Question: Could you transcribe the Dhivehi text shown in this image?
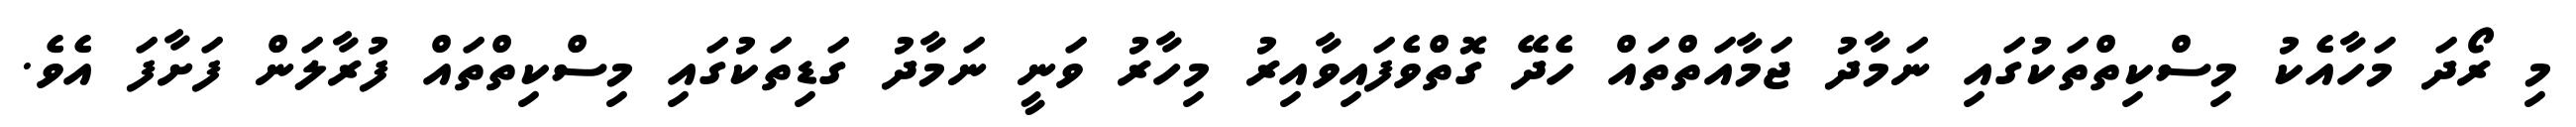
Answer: މި ރޯދަ މަހާއެކު މިސްކިތްތަކުގައި ނަމާދު ޖަމާއަތްތައް ހެދޭ ގޮތްވެފައިވާއިރު މިހާރު ވަނީ ނަމާދު ގަޑިތަކުގައި މިސްކިތްތައް ފުރާލަން ފަށާފަ އެވެ.